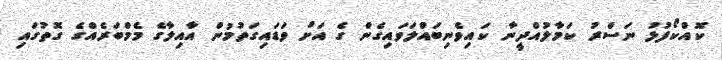
ކޮއްކޯފުޅު ނަސްރު ކަމާލުއްދީނާ ކައިވެނިބައްލަވައިގެން ގެ އަށް ވަޑައިގަތުމުން އާއިލާގެ މެމްބަރެއްގެ ގޮތުގައި